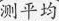
测平均